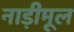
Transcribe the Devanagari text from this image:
नाड़ीमूल